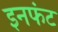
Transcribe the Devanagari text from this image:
इनफंट